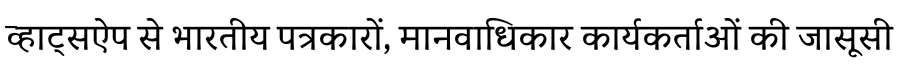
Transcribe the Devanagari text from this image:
व्हाट्सऐप से भारतीय पत्रकारों, मानवाधिकार कार्यकर्ताओं की जासूसी